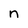
Character: n